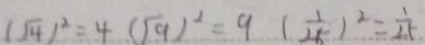
( \sqrt { 4 } ) ^ { 2 } = 4 ( \sqrt { 9 } ) ^ { 2 } = 9 ( \frac { 1 } { 2 5 } ) ^ { 2 } = \frac { 1 } { 2 5 }